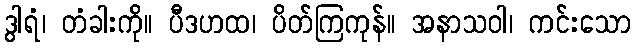
ဒွါရံ၊ တံခါးကို။ ပီဒဟထ၊ ပိတ်ကြကုန်။ အနာသဝါ၊ ကင်းသော